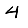
Digit: 4